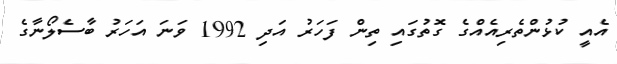
އެއީ ކުޅުންތެރިއެއްްގެ ގޮތުގައި ތިން ފަހަރު އަދި 1992 ވަނަ އަހަރު ބާސެލޯނާގެ